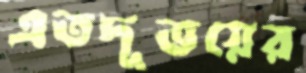
এতদূভয়ের